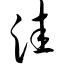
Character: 洼